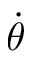
\Dot { \theta }